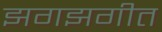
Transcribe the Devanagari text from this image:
झगझगीत